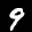
Label: 9